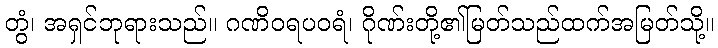
တွံ၊ အရှင်ဘုရားသည်။ ဂဏိဝရပဝရံ၊ ဂိုဏ်းတို့၏မြတ်သည်ထက်အမြတ်သို့။